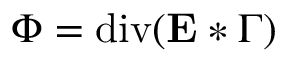
\Phi = \operatorname { d i v } ( \mathbf { E } * \Gamma )